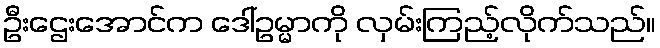
ဦးဌေးအောင်က ဒေါ်ဥမ္မာကို လှမ်းကြည့်လိုက်သည်။